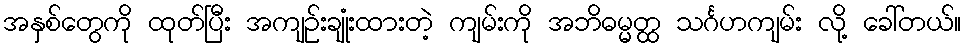
အနှစ်တွေကို ထုတ်ပြီး အကျဉ်းချုံးထားတဲ့ ကျမ်းကို အဘိဓမ္မတ္ထ သင်္ဂဟကျမ်း လို့ ခေါ်တယ်။